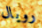
رويال